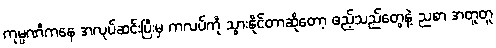
ကုမ္ပဏီကနေ အလုပ်ဆင်းပြီးမှ ကလပ်ကို သွားနိုင်တာဆိုတော့ ဧည့်သည်တွေနဲ့ ညစာ အတူတူ